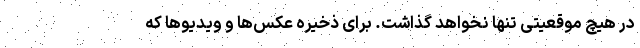
در هیچ موقعیتی تنها نخواهد گذاشت. برای ذخیره عکس‌ها و ویدیوها که